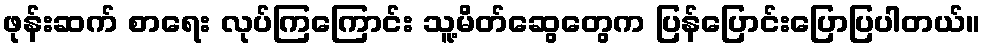
ဖုန်းဆက် စာရေး လုပ်ကြကြောင်း သူ့မိတ်ဆွေတွေက ပြန်ပြောင်းပြောပြပါတယ်။